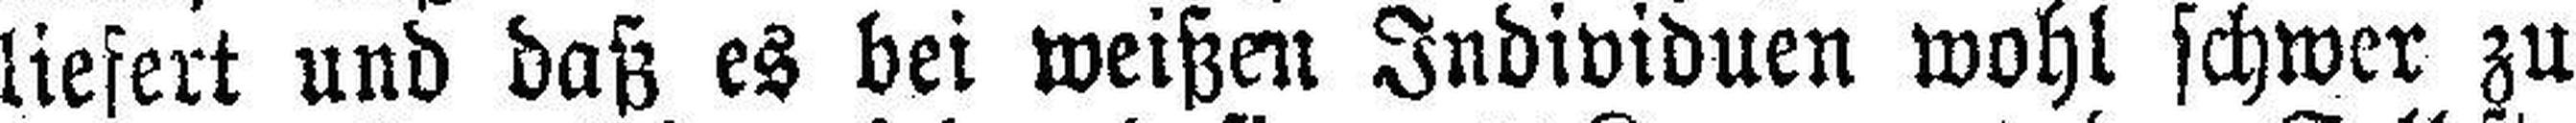
liefert und daß es bei weißen Individuen wohl schwer zu